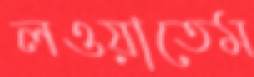
লওয়াতেম